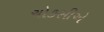
ચોકસીએ